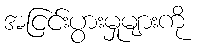
အငြင်းပွားမှုများကို